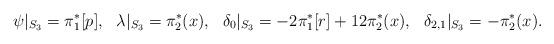
LaTeX: \begin{align*}\psi |_{S_3} &= \pi_1^*[p], & \lambda |_{S_3} &= \pi_2^*(x), &\delta_0 |_{S_3} &= -2\pi_1^*[r] +12\pi_2^*(x), & \delta_{2,1} |_{S_3} &= -\pi_2^*(x). \end{align*}